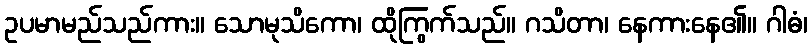
ဥပမာမည်သည်ကား။ သောမုသိကော၊ ထိုကြွက်သည်။ ဂသိတာ၊ နေကားနေ၏။ ဂါဓံ၊